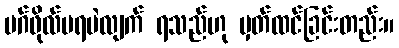
မဂ်ဖိုလ်မရပဲလျက် ရသည်ဟု မှတ်ထင်ခြင်းတည်း။